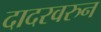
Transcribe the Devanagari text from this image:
दादरवरुन